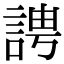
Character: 䛣